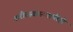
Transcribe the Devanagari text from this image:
शरीरस्वास्थ्याचीही